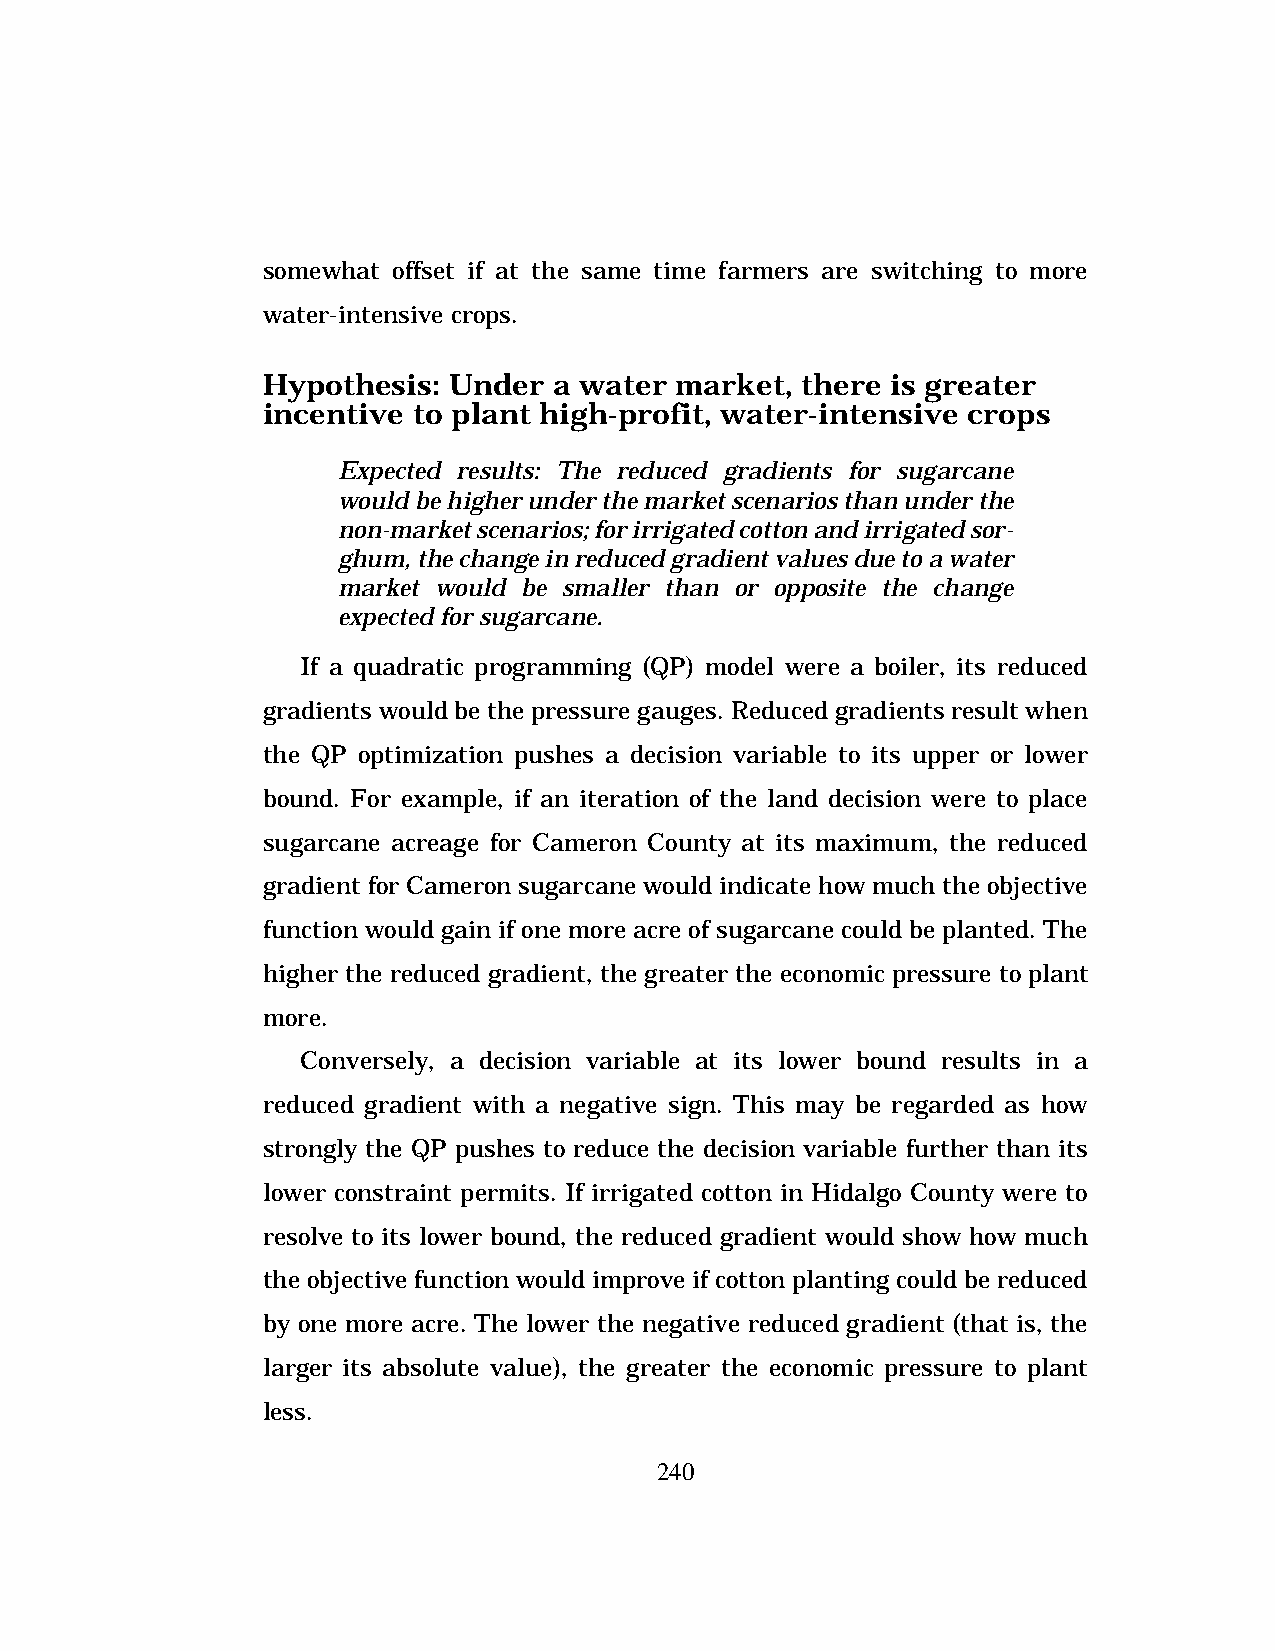
somewhat offset if at the same time farmers are switching to more
 water-intensive crops.
 Hypothesis:  Under  a water market, there is greater
 incentive to plant high-profit, water-intensive crops
 Expected results: The reduced gradients for sugarcane
 would be higher under the market scenarios than under the
 non-market scenarios; for irrigated cotton and irrigated sor-
 ghum, the change in reduced gradient values due to a water
 market would be smaller than or opposite the change
 expected for sugarcane.
 If a quadratic programming (QP) model were a boiler, its reduced
 gradients would be the pressure gauges. Reduced gradients result when
 the QP optimization pushes a decision variable to its upper or lower
 bound. For example, if an iteration of the land decision were to place
 sugarcane acreage for Cameron County at its maximum, the reduced
 gradient for Cameron sugarcane would indicate how much the objective
 function would gain if one more acre of sugarcane could be planted. The
 higher the reduced gradient, the greater the economic pressure to plant
 more.
 Conversely, a decision variable at its lower bound results in a
 reduced gradient with a negative sign. This may be regarded as how
 strongly the QP pushes to reduce the decision variable further than its
 lower constraint permits. If irrigated cotton in Hidalgo County were to
 resolve to its lower bound, the reduced gradient would show how much
 the objective function would improve if cotton planting could be reduced
 by one more acre. The lower the negative reduced gradient (that is, the
 larger its absolute value), the greater the economic pressure to plant
 less.
 240